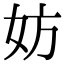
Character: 妨